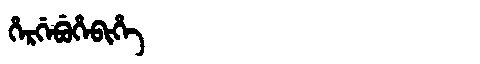
Manchu: ᡥᡝᡵᡤᡝᠪᡠᡥᡝᠪᡳᡥᡝ
Romanization: HERGEBUHEBIHE